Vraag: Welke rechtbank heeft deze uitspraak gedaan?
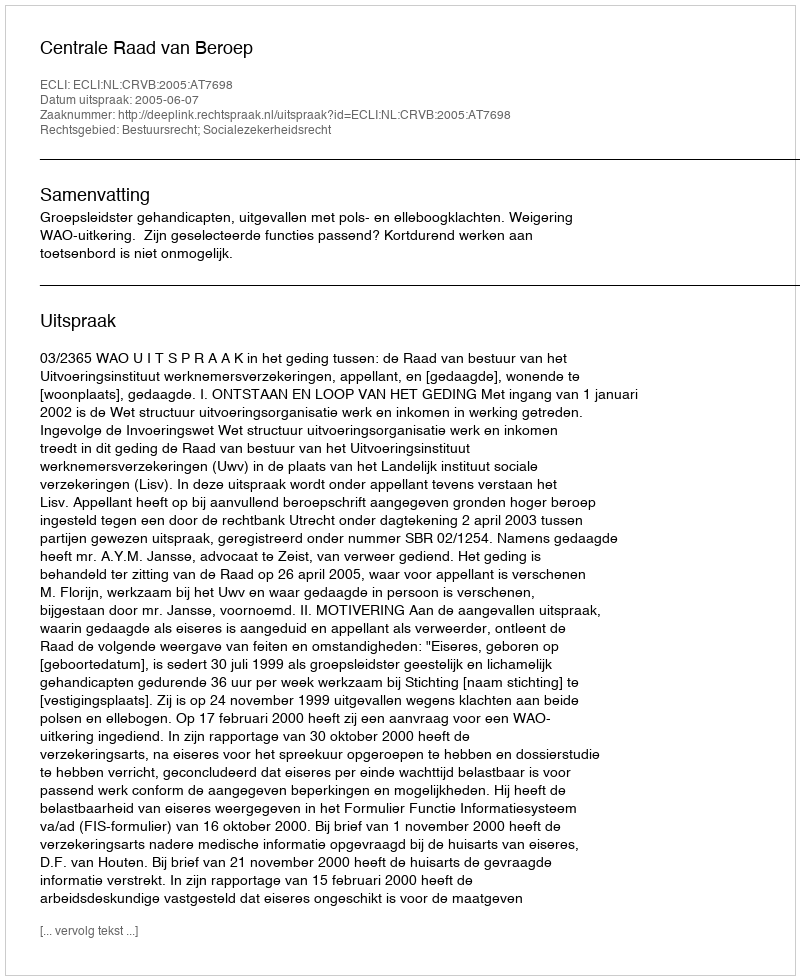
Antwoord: Centrale Raad van Beroep